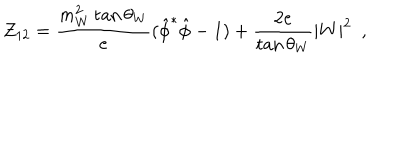
Z _ { 1 2 } = \frac { m _ { W } ^ { 2 } \tan \theta _ { W } } { e } ( { \hat { \phi } } ^ { * } \hat { \phi } - 1 ) + \frac { 2 e } { \tan \theta _ { W } } | W | ^ { 2 } ~ ~ ,